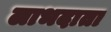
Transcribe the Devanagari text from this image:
लाभदाता